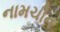
નામચીન